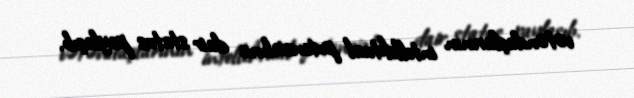
vətəndaşlarının intellektual potensialına dair status paylaşıb.